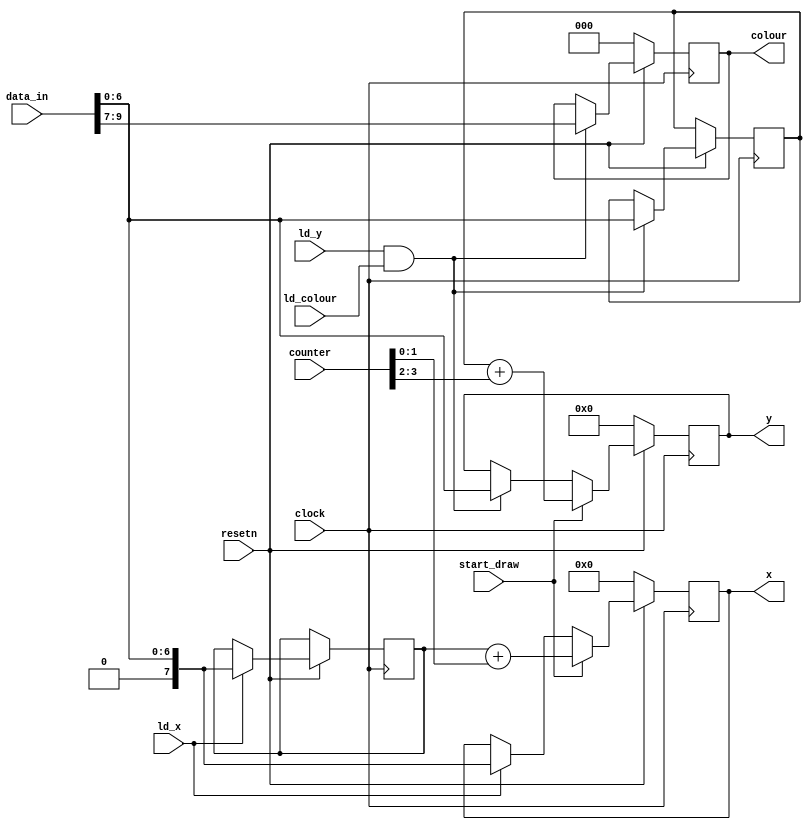
module datapath(
	input ld_x, ld_y, ld_colour,
	input start_draw,
	input clock,
   input resetn,
	input [9:0] data_in,
	input [3:0] counter,
	output reg [2:0] colour,
	output reg [7:0] x,
	output reg [6:0] y
	);
	reg [7:0]x_original;
	reg [6:0]y_original;
	always @ (posedge clock) begin
        if (!resetn) begin
            x <= 8'b00000000; 
            y <= 7'b0000000; 
            colour <= 3'b000;
        end
        else begin
            if (ld_x)begin
					x_original <= {1'b0, data_in[6:0]};
					x <= {1'b0, data_in[6:0]};
				end
            if (ld_y && ld_colour) begin
					y <= data_in[6:0]; 
					y_original <= data_in[6:0]; 
					colour <= data_in[9:7];
				end
            if (start_draw) begin
					x <= x_original + counter[1:0];
					y <= y_original + counter[3:2];
				end
        end
    end
endmodule